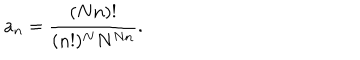
a _ { n } = \frac { ( N n ) ! } { ( n ! ) ^ { N } N ^ { N n } } .